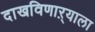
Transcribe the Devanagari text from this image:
दाखविणाऱ्याला